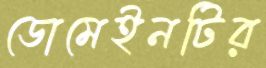
ডোমেইনটির